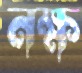
নক্ষ